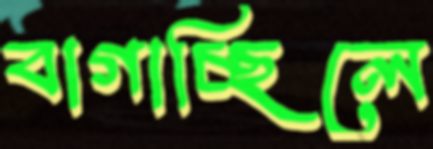
বাগাচ্ছিলে